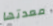
معدتها